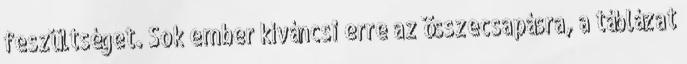
feszültséget. Sok ember kíváncsi erre az összecsapásra, a táblázat